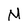
Character: M